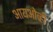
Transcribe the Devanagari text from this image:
आयओव्ही